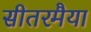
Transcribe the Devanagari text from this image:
सीतरमैया